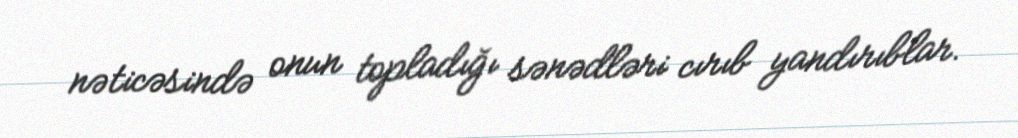
nəticəsində onun topladığı sənədləri cırıb yandırıblar.